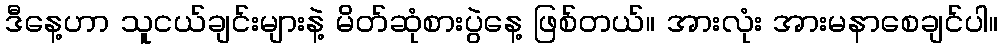
ဒီနေ့ဟာ သူငယ်ချင်းများနဲ့ မိတ်ဆုံစားပွဲနေ့ ဖြစ်တယ်။ အားလုံး အားမနာစေချင်ပါ။